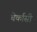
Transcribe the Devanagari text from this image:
चेर्कासी